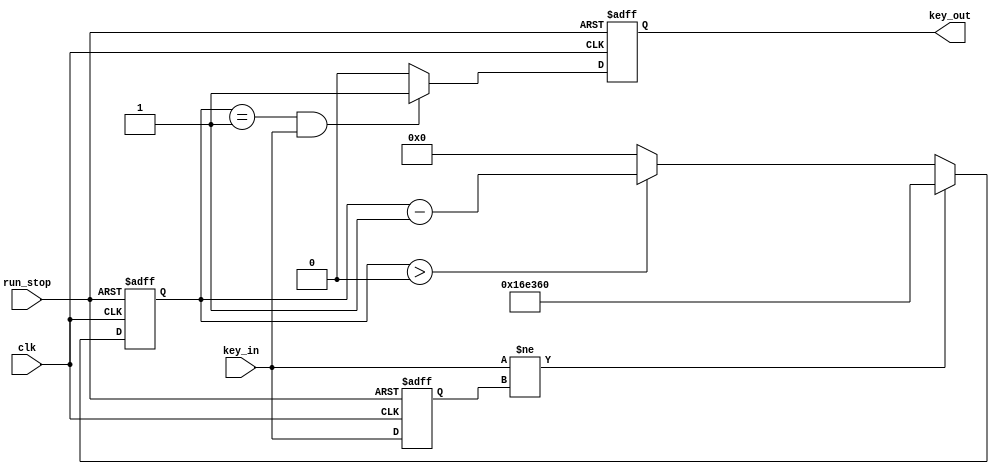
`timescale 1ns / 1ps
//////////////////////////////////////////////////////////////////////////////////
// Company: 
// Engineer: 
// 
// Design Name: 
// Module Name: debounce_b
// Project Name: 
// Target Devices: 
// Tool Versions: 
// Description: 
// 
// Dependencies: 
// 
// Revision:
// Revision 0.01 - File Created
// Additional Comments:
// 
//////////////////////////////////////////////////////////////////////////////////


module debounce_s4(
input clk,
input run_stop,
input key_in,
output wire key_out
    );
 reg key_value;
 reg key_p_flag;
 reg key_reg;
 reg [20:0]delay_cnt;
 parameter DELAY_TIME=21'd1500000;

//key_reg:
always@(posedge clk or negedge run_stop)
if(!run_stop)
    key_reg<=1'b0;
else
    key_reg<=key_in;

//delay_cnt:
always@(posedge clk or negedge run_stop)
    if(!run_stop)
        delay_cnt<=21'b0;
    else if(key_in!=key_reg)
        delay_cnt<=DELAY_TIME;
    else if(delay_cnt>0)
        delay_cnt<=delay_cnt-1'b1;
    else
        delay_cnt<=21'd0;
        
//key_value
always@(posedge clk or negedge run_stop)
    if(!run_stop)
        key_value<=1'b0;
    else if(delay_cnt==1'b1)
        key_value<=key_in;
    else
        key_value<=key_value;

//key_p_falg:
always@(posedge clk or negedge run_stop)
    if(!run_stop)
        key_p_flag<=1'b0;
    else if(delay_cnt==1'b1&&key_in==1)
        key_p_flag<=1'b1;
    else
        key_p_flag<=1'b0;

assign key_out=key_p_flag;
endmodule